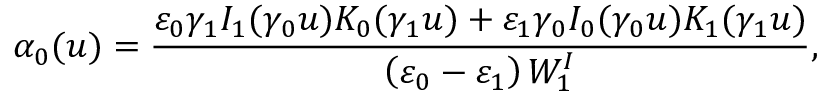
\alpha _ { 0 } ( u ) = \frac { \varepsilon _ { 0 } \gamma _ { 1 } I _ { 1 } ( \gamma _ { 0 } u ) K _ { 0 } ( \gamma _ { 1 } u ) + \varepsilon _ { 1 } \gamma _ { 0 } I _ { 0 } ( \gamma _ { 0 } u ) K _ { 1 } ( \gamma _ { 1 } u ) } { \left( \varepsilon _ { 0 } - \varepsilon _ { 1 } \right) W _ { 1 } ^ { I } } ,